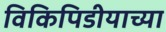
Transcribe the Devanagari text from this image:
विकिपिडीयाच्या